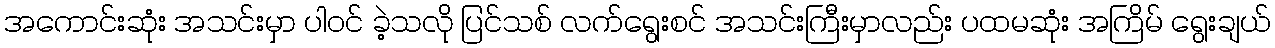
အကောင်းဆုံး အသင်းမှာ ပါဝင် ခဲ့သလို ပြင်သစ် လက်ရွေးစင် အသင်းကြီးမှာလည်း ပထမဆုံး အကြိမ် ရွေးချယ်